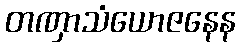
တဏှာသံယောဇနေန